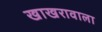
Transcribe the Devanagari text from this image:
खाखरावाला